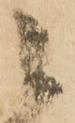
ニ